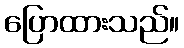
ပြောထားသည်။